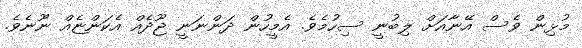
މުޅިން ވެސް އޭނާއަށް ލިބުނީ ސިހުމެވެ. އެމީހުން ދަންނަނީ ޖޫދެއް އެކަންޏެއް ނޫނެވެ.